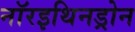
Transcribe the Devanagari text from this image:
नॉरइथिनड्रोन